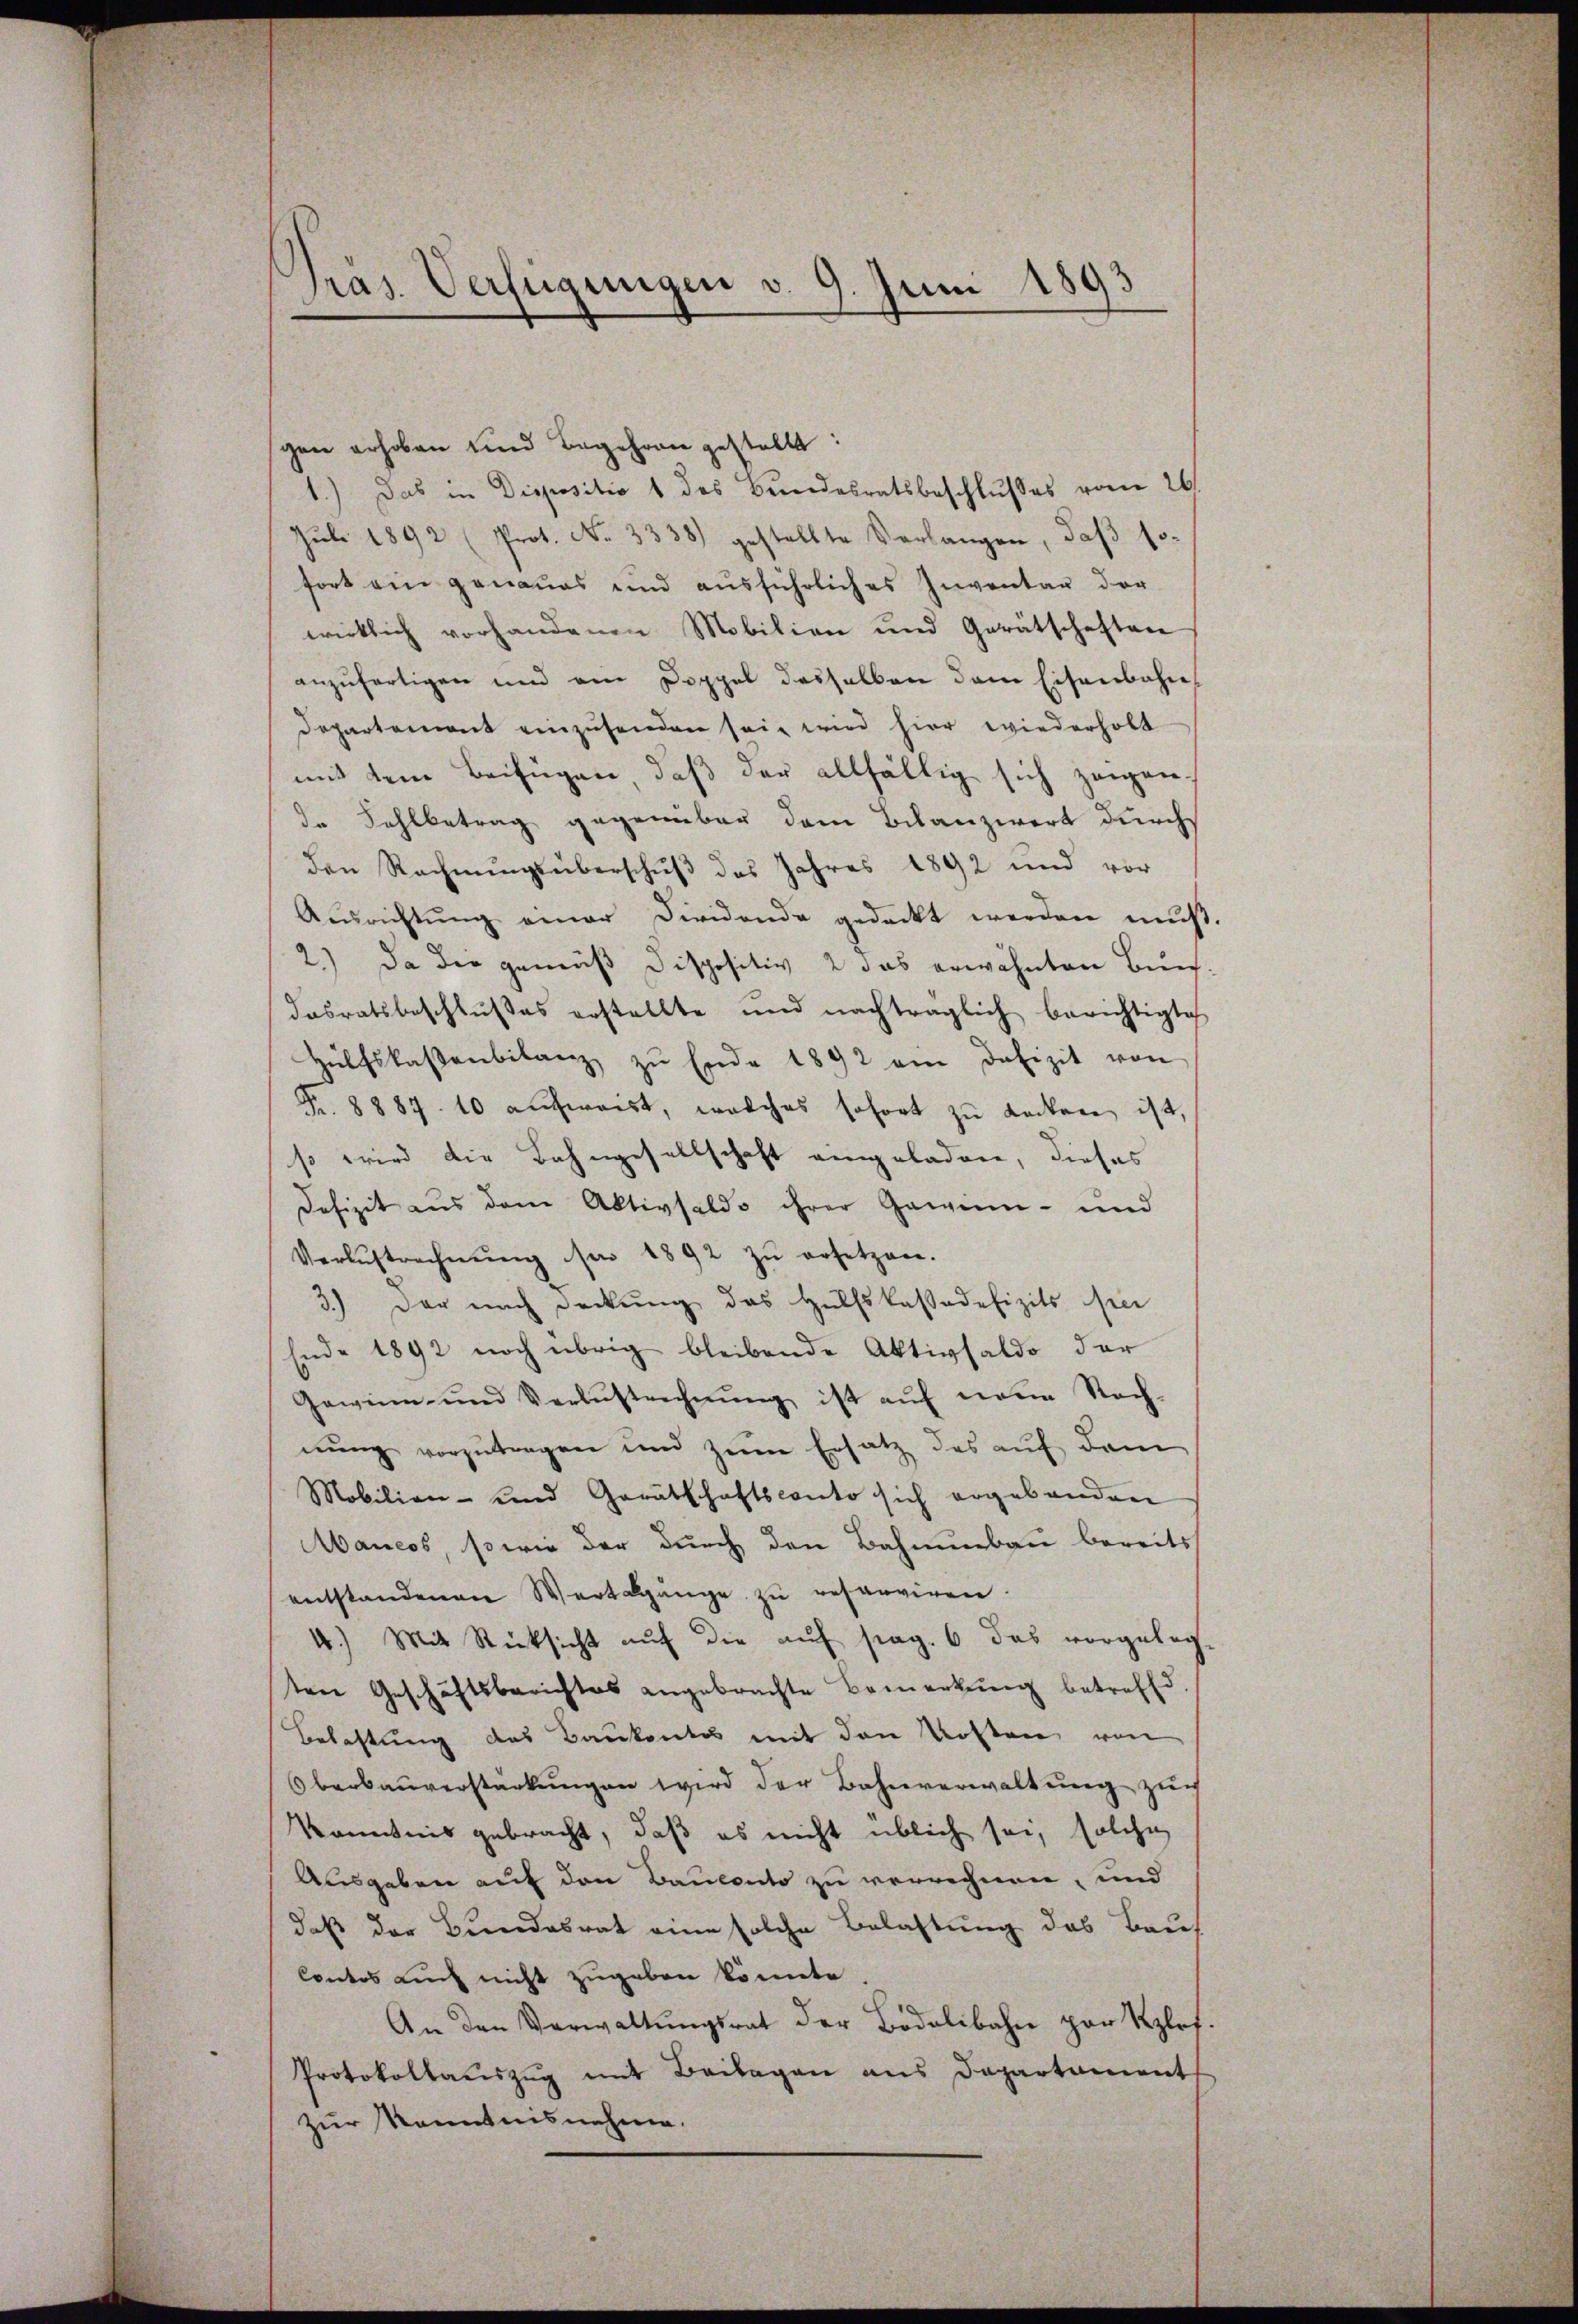
Präs. Verfügungen v. 9. Juni 1893
f
f

gen erhoben und Begehren gestellt
1.) Das in Dispositio 1 des Bundesratsbeschlusses vom 26.
Jŭli 1892 (Prot. No. 3338) gestellte Verlangen, daβ so-
fort ein genaues und ausführliches Inventar der
wirklich vorhandenen Mobilien und Gerätschaften
anzufertigen und am Doppel desselben dem Eisenbahn¬
Departement einzusenden sein wird hier wiederholt
mit dem Beifügen, daß der allfältig sich zeigen-
de Fahlbetrag gegenüber dem Bilanzwert durchs
den Rechnŭngsüberschuß des Jahres 1892 und vor
Aŭsrichtŭng einer Dividende gedeckt werden mŭβ.
2.) Da die gemäß Dispositiv 2 das erwähnten Buchdasratsbeschlußes erstellte und nachträglich berichtigte
Hülfskassenbilanz zu Ende 1892 ein Defizit von
Fr. 8887. 10 aufweist, welches sofort zŭ decken ist,
so wird die Bahngesellschaft eingeladen, dieses
Defizit aus dem Aktivsaldo ihrer Gewinn- und
Verlustrechnŭng par 1892 zŭ ersetzen.
3.) Der nach Deckung des Hülfskassadefizits ser
Ende 1892 noch übrig bleibende Aktivsaldo der
Gewinn- und Verlustrechnŭng ist aŭf neue Nach-
nŭng vorzutragen und zum Ersatz des auf dem
Mobilien- und Gerätschaftsconto sich ergebenden
Mancos, sowie der durch den Bahnunbau bereits
entstandenen Wertbgänge zŭ reserviren.
4.) Mit Rücksicht auf die auf pag. 6 das vorgelegt
ten Geschäftsberichtes angebrachte Bemerkung betreffe
Belastung des Baukonto mit den Kosten von
Oberbauverstärkungen wird der Bahnverwaltung zur
Kenntnis gebracht, daß es nicht üblich sei, solche
Ausgaben auf den Bauconto zu verrechnen, und
daß der Bundesrat eine solche Belastung des Baus
Contos auch nicht zugeben könnte.
An den Verwaltŭngsrat der Bodelibahn par Kzlof.
Protokollauszug mit Beilagen aus Departament
zur Kenntnisnahme.